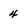
Character: 4